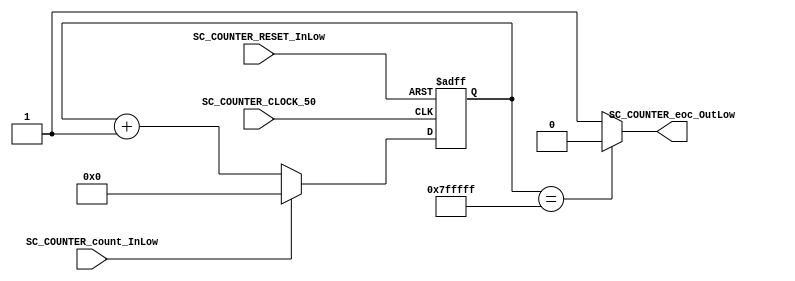

//=======================================================
//  MODULE Definition
//=======================================================

module SC_COUNTER_VEL3 #(parameter COUNTER_DATAWIDTH_BUS=23)
(
//////////// OUTPUTS //////////
	SC_COUNTER_eoc_OutLow,
//////////// INPUTS //////////
	SC_COUNTER_CLOCK_50,
	SC_COUNTER_RESET_InLow,
	SC_COUNTER_count_InLow
);

//=======================================================
//  PARAMETER declarations
//=======================================================

//=======================================================
//  PORT declarations
//=======================================================
	output   reg SC_COUNTER_eoc_OutLow;
	input		SC_COUNTER_CLOCK_50;
	input		SC_COUNTER_RESET_InLow;
	input 	SC_COUNTER_count_InLow;
//=======================================================
//  REG/WIRE declarations
//=======================================================
	reg [COUNTER_DATAWIDTH_BUS-1:0] COUNTER_Register;
	reg [COUNTER_DATAWIDTH_BUS-1:0] COUNTER_Signal;
//=======================================================
//  Structural coding
//=======================================================
//INPUT LOGIC: COMBINATIONAL
	always @ (*)
	
	if (SC_COUNTER_count_InLow == 1'b1)	
		COUNTER_Signal = 0;
	else 
		COUNTER_Signal = COUNTER_Register + 1'b1;

		// REGISTER : SEQUENTIAL
	always @ ( posedge SC_COUNTER_CLOCK_50 , negedge SC_COUNTER_RESET_InLow)
	if (SC_COUNTER_RESET_InLow == 1'b0)
		COUNTER_Register <= 1'b0;
	else
		COUNTER_Register <= COUNTER_Signal;
//=======================================================
//  Outputs
//=======================================================
// OUTPUT LOGIC : COMBINATIONAL
	always @ (*)
		if (COUNTER_Register == 23'b11111111111111111111111)
			SC_COUNTER_eoc_OutLow = 1'b0;
		else
			SC_COUNTER_eoc_OutLow = 1'b1;
			
endmodule